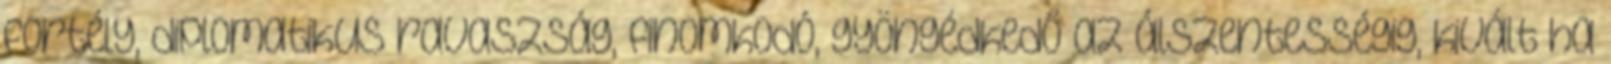
fortély, diplomatikus ravaszság, finomkodó, gyöngédkedő az álszentességig, kivált ha